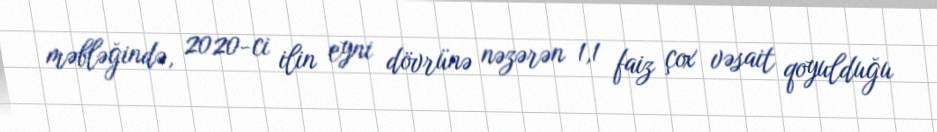
məbləğində, 2020-ci ilin eyni dövrünə nəzərən 1,1 faiz çox vəsait qoyulduğu